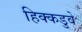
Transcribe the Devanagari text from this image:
हिक्कडुवे